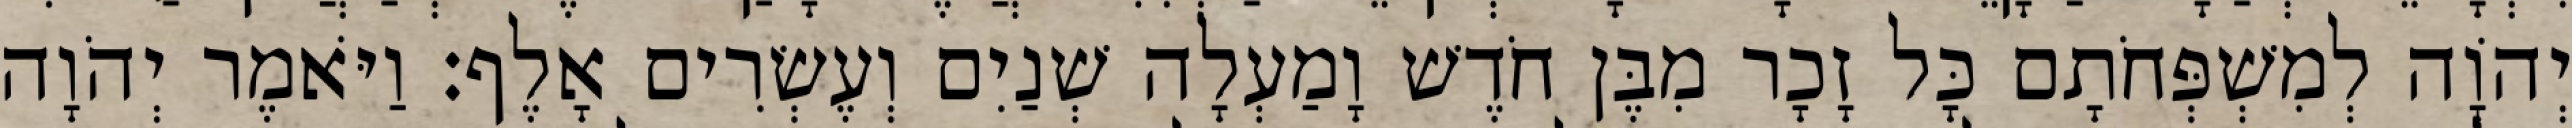
יְהוָֹה לְמִשְׁפְּחֹתָם כָּל זָכָר מִבֶּן חֹדֶשׁ וָמַעְלָה שְׁנַיִם וְעֶשְׂרִים אָלֶף׃ וַיֹּאמֶר יְהֹוָה